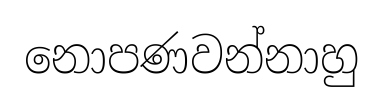
නොපණවන්නාහු